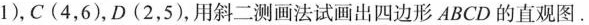
1)，C(4，6)，D(2，5)，用斜二测画法试画出四边形ABCD的直观图。